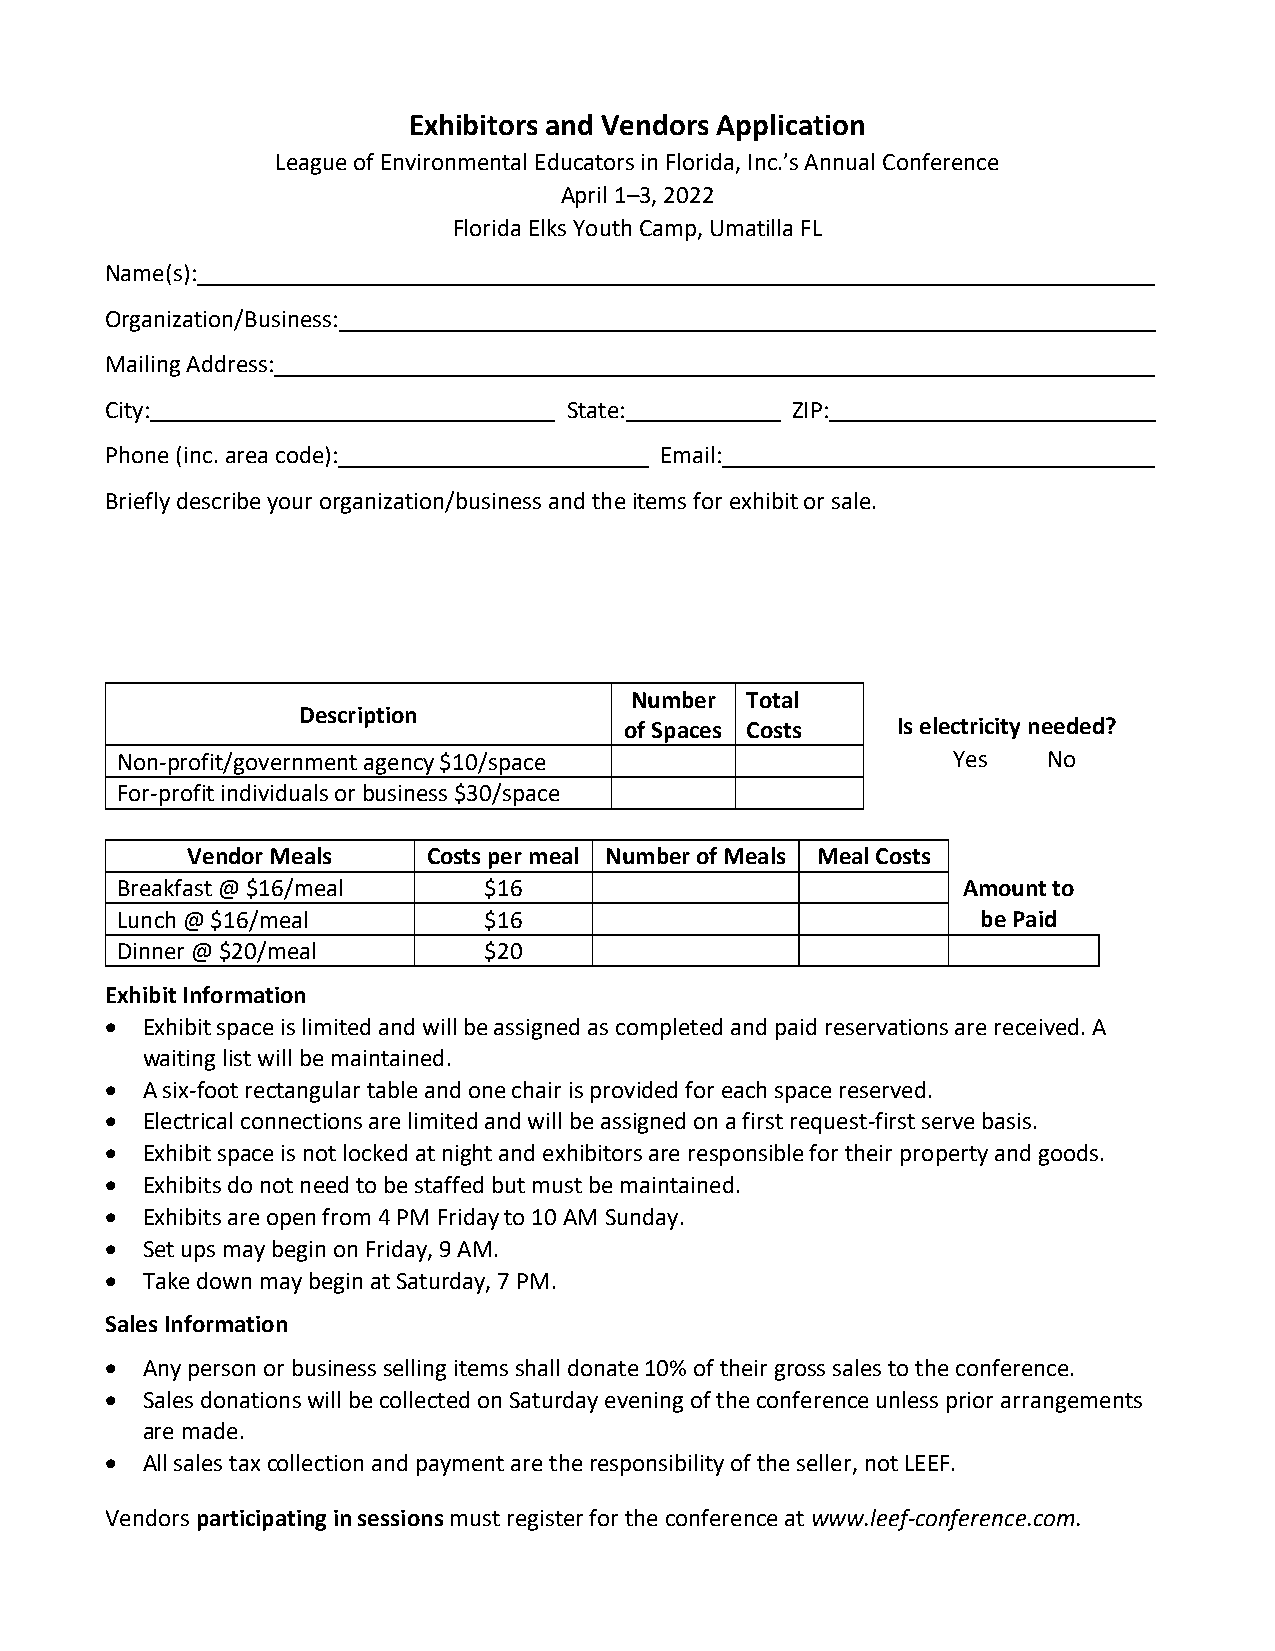
Exhibitors and Vendors Application
 League of Environmental Educators in Florida, Inc.’s Annual Conference
 April 1–3, 2022
 Florida Elks Youth Camp, Umatilla FL
 Name(s):
 Organization/Business:
 Mailing Address:
 City:                          State:        ZIP:
 Phone (inc. area code):              Email:
 Briefly describe your organization/business and the items for exhibit or sale.
 Number Total
 Description
 of Spaces Costs   Is electricity needed?
 Non-profit/government agency $10/space                 Yes   No
 For-profit individuals or business $30/space
 Vendor Meals    Costs per meal Number of Meals Meal Costs
 Breakfast @ $16/meal    $16                             Amount to
 Lunch @ $16/meal        $16                              be Paid
 Dinner @ $20/meal       $20
 Exhibit Information
 • Exhibit space is limited and will be assigned as completed and paid reservations are received. A
 waiting list will be maintained.
 • A six-foot rectangular table and one chair is provided for each space reserved.
 • Electrical connections are limited and will be assigned on a first request-first serve basis.
 • Exhibit space is not locked at night and exhibitors are responsible for their property and goods.
 • Exhibits do not need to be staffed but must be maintained.
 • Exhibits are open from 4 PM Friday to 10 AM Sunday.
 • Set ups may begin on Friday, 9 AM.
 • Take down may begin at Saturday, 7 PM.
 Sales Information
 • Any person or business selling items shall donate 10% of their gross sales to the conference.
 • Sales donations will be collected on Saturday evening of the conference unless prior arrangements
 are made.
 • All sales tax collection and payment are the responsibility of the seller, not LEEF.
 Vendors participating in sessions must register for the conference at www.leef-conference.com.